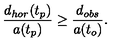
{ \frac { d _ { h o r } ( t _ { p } ) } { a ( t _ { p } ) } } \geq { \frac { d _ { o b s } } { a ( t _ { o } ) } } .